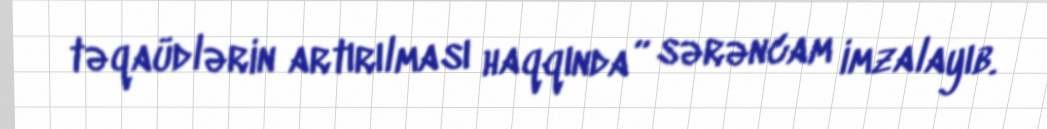
təqaüdlərin artırılması haqqında” sərəncam imzalayıb.